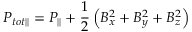
P _ { t o t \| } = P _ { \| } + \frac { 1 } { 2 } \left( B _ { x } ^ { 2 } + B _ { y } ^ { 2 } + B _ { z } ^ { 2 } \right)